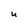
Character: U